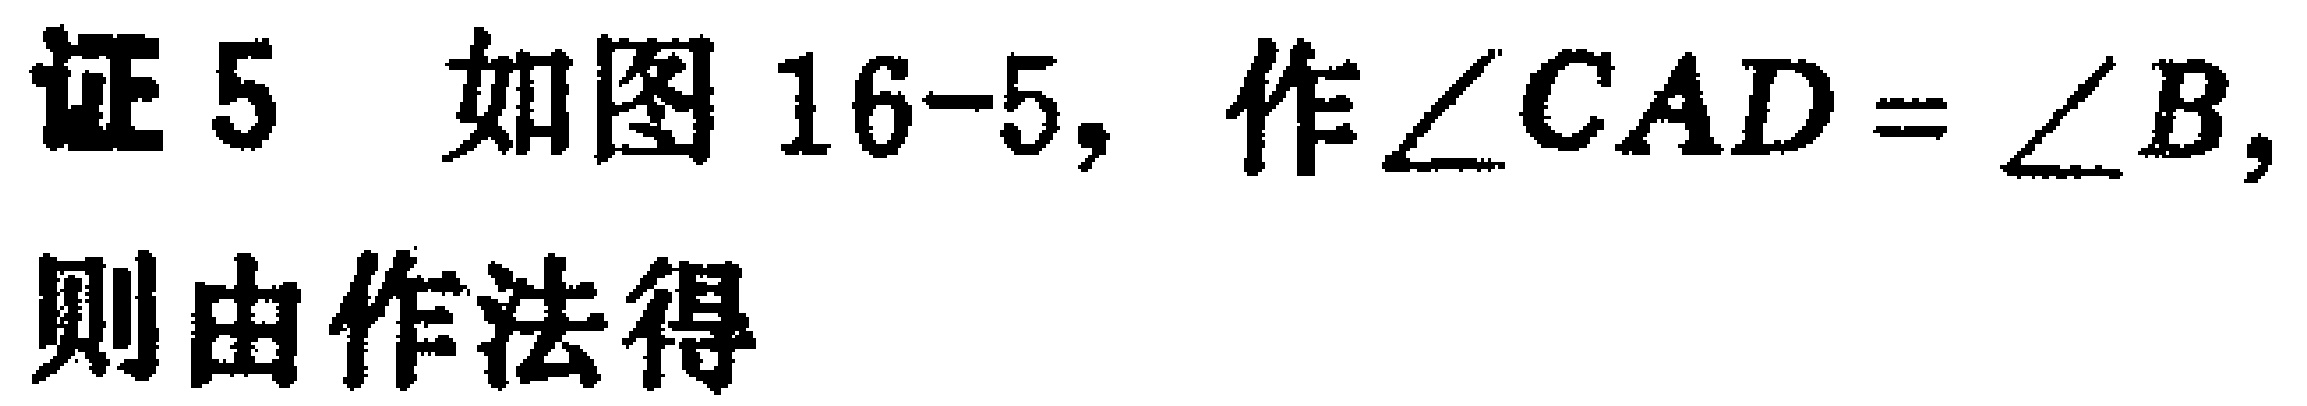
证 5 如图 16-5, 作$\angle CAD = \angle B,$ 则由作法得